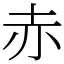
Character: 赤